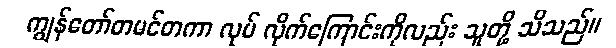
ကျွန်တော်တမင်တကာ လုပ် လိုက်ကြောင်းကိုလည်း သူတို့ သိသည်။